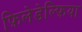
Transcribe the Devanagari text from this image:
फ़िलेडेल्फ़िया